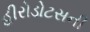
હીરોડોટસની